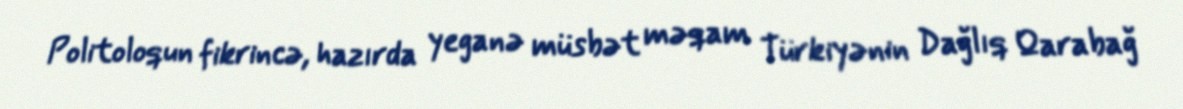
Politoloqun fikrincə, hazırda yeganə müsbət məqam Türkiyənin Dağlıq Qarabağ